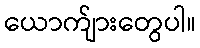
ယောက်ျားတွေပါ။